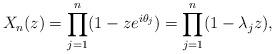
LaTeX: \begin{align*}X_n(z) = \prod_{j=1}^{n} (1 - z e^{i \theta_j} ) = \prod_{j=1}^n (1 - \lambda_j z), \end{align*}